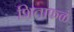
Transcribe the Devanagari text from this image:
शिताफळ